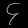
Digit: ၄